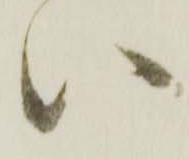
い